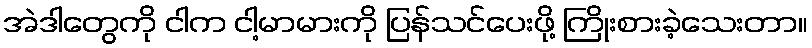
အဲဒါတွေကို ငါက ငါ့မာမားကို ပြန်သင်ပေးဖို့ ကြိုးစားခဲ့သေးတာ။